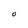
Character: O